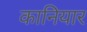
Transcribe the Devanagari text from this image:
कानियार